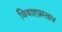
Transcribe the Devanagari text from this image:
विवाहप्रस्ताव